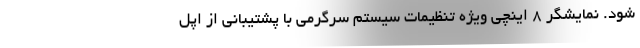
شود. نمایشگر 8 اینچی ویژه تنظیمات سیستم سرگرمی با پشتیبانی از اپل